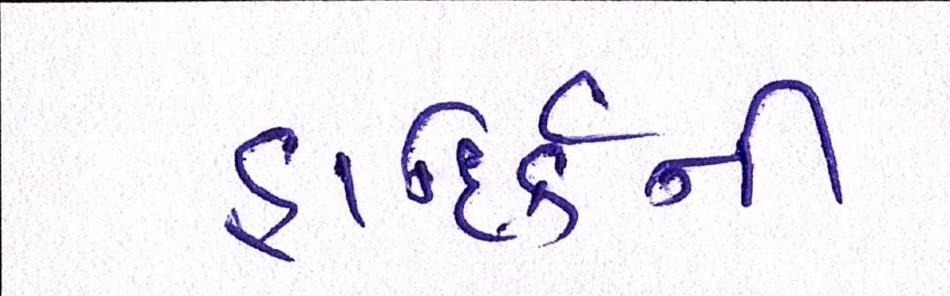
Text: હાદિર્કની